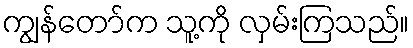
ကျွန်တော်က သူ့ကို လှမ်းကြသည်။